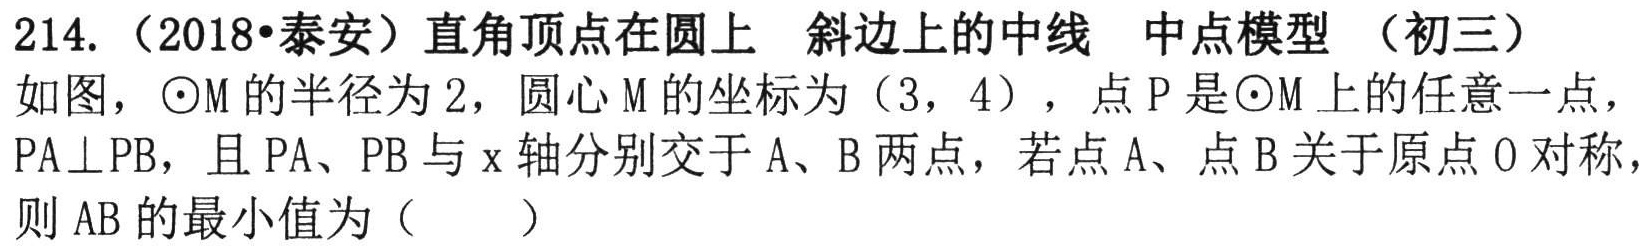
214.（2018•泰安）直角顶点在圆上 斜边上的中线 中点模型 （初三）

如图，$\odot M$的半径为$2$，圆心$M$的坐标为$(3,4)$，点$P$是$\odot M$上的任意一点，$PA\perp PB$，且$PA$、$PB$与$x$轴分别交于$A$、$B$两点，若点$A$、点$B$关于原点$O$对称，则$AB$的最小值为（  ）